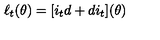
\ell _ { t } ( \theta ) = [ i _ { t } d + d i _ { t } ] ( \theta )